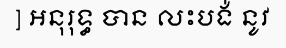
] អនុរុទ្ធ បាន លះបង់ នូវ